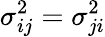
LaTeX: \sigma_{ij}^{2}=\sigma_{ji}^{2}